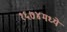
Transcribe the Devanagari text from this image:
१६७४मध्ये